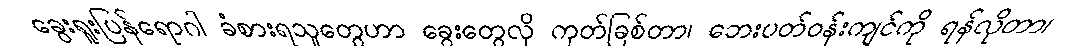
ခွေးရူးပြန်ရောဂါ ခံစားရသူတွေဟာ ခွေးတွေလို ကုတ်ခြစ်တာ၊ ဘေးပတ်ဝန်းကျင်ကို ရန်လိုတာ၊